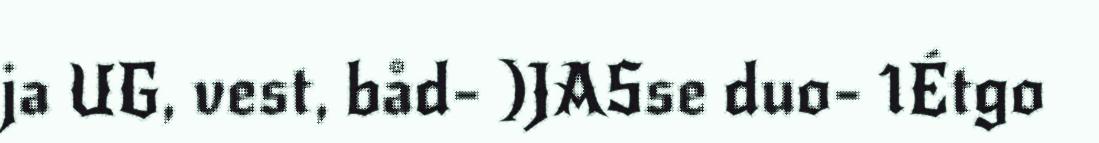
ja UG, vest, båd- )JASse duo- 1Étgo